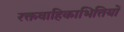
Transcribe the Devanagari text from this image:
रक्तवाहिकाभित्तियों